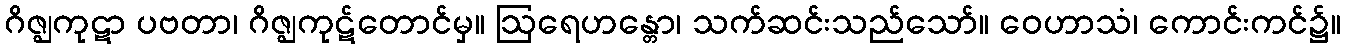
ဂိဇ္ဈကုဋာ ပဗတာ၊ ဂိဇ္ဈကုဋ်တောင်မှ။ ဩရေဟန္တော၊ သက်ဆင်းသည်သော်။ ဝေဟာသံ၊ ကောင်းကင်၌။